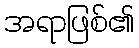
အရာဖြစ်၏